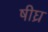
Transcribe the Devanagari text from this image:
षीघ्र